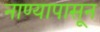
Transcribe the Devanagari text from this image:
नाण्यापासून